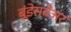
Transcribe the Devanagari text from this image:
बूंडेसवेअर